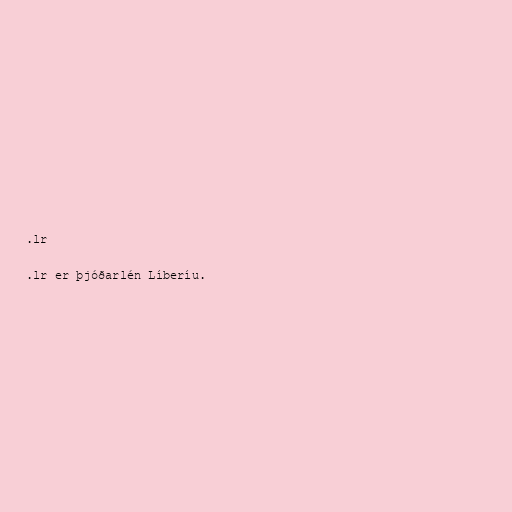
.lr

.lr er þjóðarlén Líberíu.